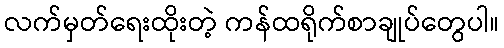
လက်မှတ်ရေးထိုးတဲ့ ကန်ထရိုက်စာချုပ်တွေပါ။